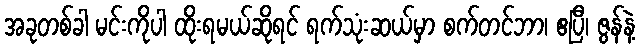
အခုတစ်ခါ မင်းကိုပါ ထိုးရမယ်ဆိုရင် ရက်သုံးဆယ်မှာ စက်တင်ဘာ၊ ဧပြီ၊ ဇွန်နဲ့